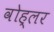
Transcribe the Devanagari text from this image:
वोह्लर